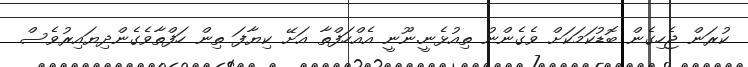
ކުރަން ޖެހިގެން ބޮޑުކަމަކަށް ވެގެންނު ތިއުޅެނީ.ނޫނީ އެއްހަފްތާ އަށޭ ކިޔާފަ ތިން ހަފްތާވެގެންދިޔައިރުވެސް